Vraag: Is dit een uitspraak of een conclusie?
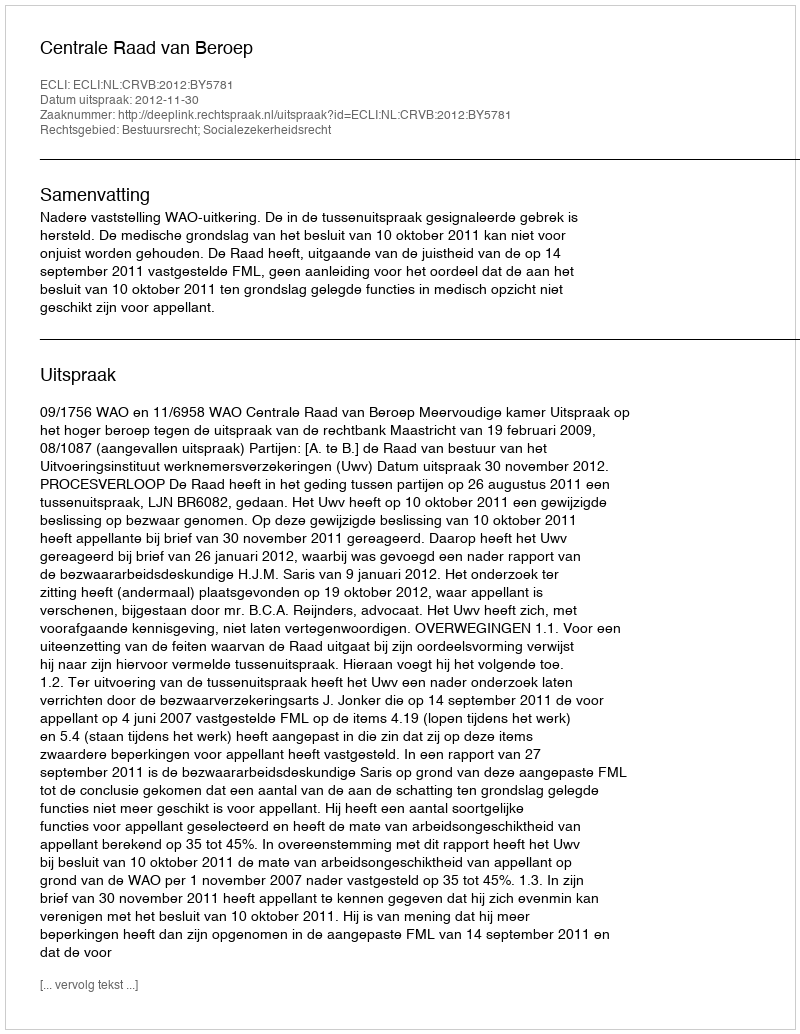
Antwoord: Uitspraak